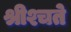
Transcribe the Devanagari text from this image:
श्रीश्चते